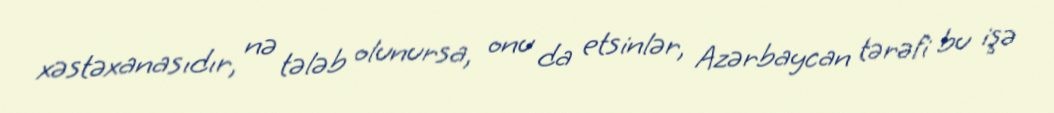
xəstəxanasıdır, nə tələb olunursa, onu da etsinlər, Azərbaycan tərəfi bu işə